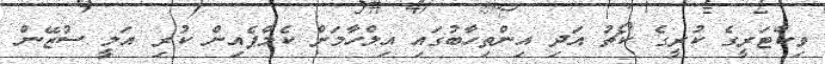
ވިކްޓަރީގެ ކުރީގެ ކޯޗު އަދި އިންތިހާބުގައި އިލްހާމަށް ކެމްޕެއިން ކުރި އަލީ ސުޒޭން